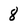
Character: 8